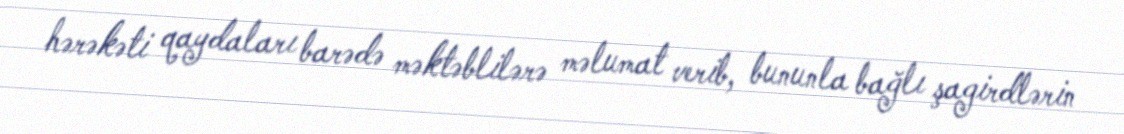
hərəkəti qaydaları barədə məktəblilərə məlumat verib, bununla bağlı şagirdlərin